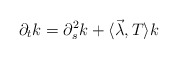
\begin{align*}\partial _{t}k=\partial_{s}^{2} k + \langle \vec\lambda, T \rangle k \end{align*}